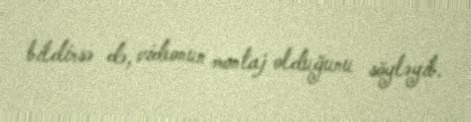
bildirsə də, videonun montaj olduğunu söyləyib.